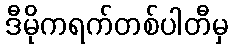
ဒီမိုကရက်တစ်ပါတီမှ